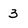
Character: 3